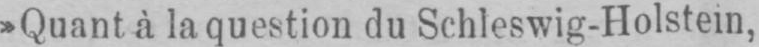
»Quant à la question du Schleswig-Holstein,